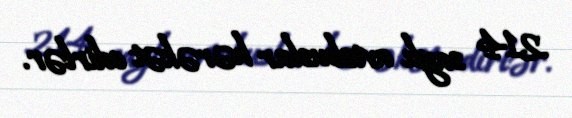
214 saylı avtobuslar hərəkət edirlər.